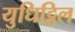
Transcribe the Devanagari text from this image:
युधिट्ठिल